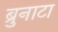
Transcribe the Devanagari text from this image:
ब्रुनाटा